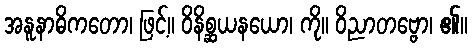
အနူနာဓိကတော၊ ဖြင့်။ ဝိနိစ္ဆယနယော၊ ကို။ ဝိညာတဗ္ဗော၊ ၏။